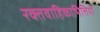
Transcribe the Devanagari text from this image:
रक्तवाहिकाभित्तियों